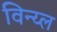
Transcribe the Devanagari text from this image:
विन्य्ल